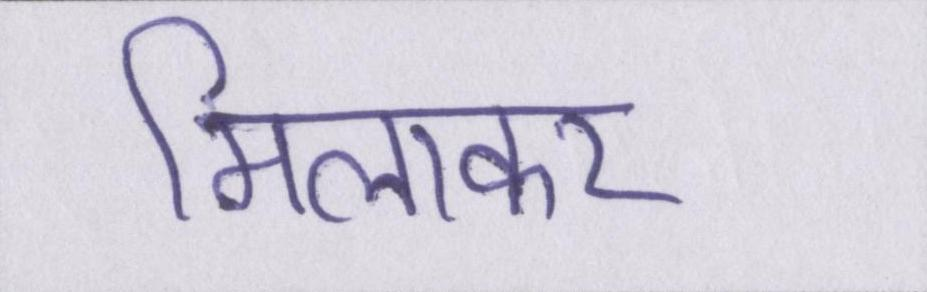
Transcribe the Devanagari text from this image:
मिलाकर